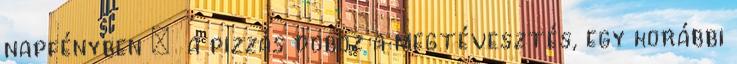
napfényben : a pizzás doboz a megtévesztés, egy korábbi